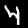
Label: 4